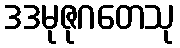
ဒဒမုဇုဂတေသု